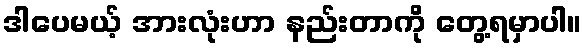
ဒါပေမယ့် အားလုံးဟာ နည်းတာကို တွေ့ရမှာပါ။